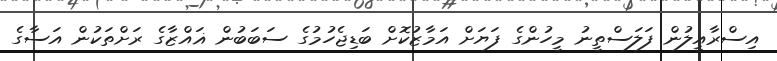
އިސްރާއީލުން ފަލަސްތީނު މީހުންގެ ފަޔަށް އަމާޒުކޮށް ބަޑިޖެހުމުގެ ސަބަބުން ޣައްޒާގެ ރަށްތަކުން އަސާގެ